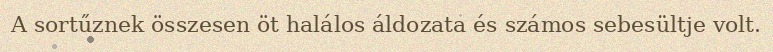
A sortűznek összesen öt halálos áldozata és számos sebesültje volt.